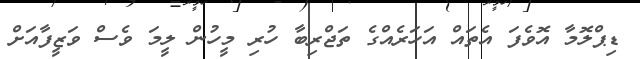
ޑިޕްލޮމާ އޮވެފަ އެތައް އަހަރެއްގެ ތަޖްރިބާ ހުރި މީހުން ލީމަ ވެސް ވަޒީފާއަށް